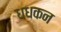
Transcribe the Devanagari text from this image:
धधकन